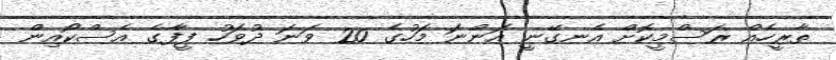
ތާރީހެއް ރަސްމީކޮށް އެނގޭނީ އަންނަ މަހުގެ 20 ވަނަ ދުވަހު ފީފާގެ އެސްކޯއިން